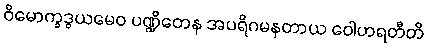
ဝိမောက္ခဒွယမေဝ ပဏ္ဍိတေန အပရိဂမနတာယ ဝေါဟရတီတိ